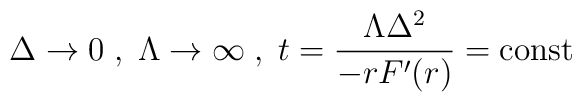
\Delta \to 0 \; , \; \Lambda \to \infty \; , \; t = {{\Lambda \Delta^2}\over{-rF'(r)}} = \mbox{\rm const}